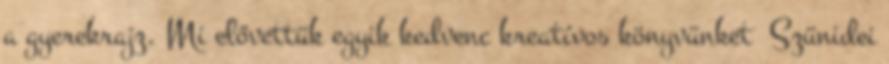
a gyerekrajz. Mi elővettük egyik kedvenc kreatívos könyvünket Szünidei